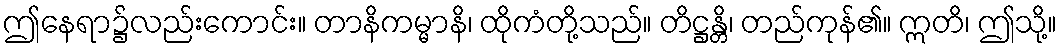
ဤနေရာ၌လည်းကောင်း။ တာနိကမ္မာနိ၊ ထိုကံတို့သည်။ တိဋ္ဌန္တိ၊ တည်ကုန်၏။ ဣတိ၊ ဤသို့။